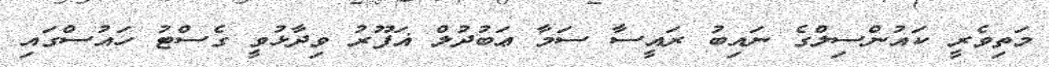
މަތިވެރީ ކައުންސިލްގެ ނައިބު ރައީސާ ސަމާ ޢަބުދުލް ޣަފޫރު ވިދާޅުވީ ގެސްޓު ހައުސްގައި